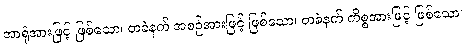
အာရုံအားဖြင့် ဖြစ်သော၊ တခဲနက် အစဉ်အားဖြင့် ဖြစ်သော၊ တခဲနက် ကိစ္စအားဖြင့် ဖြစ်သော၊